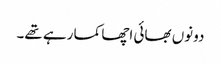
دونوں بھائی اچھا کما رہے تھے۔